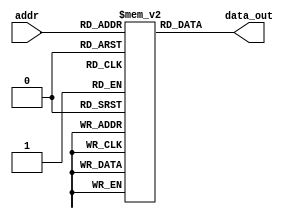

module InstMem (input [5:0] addr, output [31:0] data_out);
    reg [31:0] mem [0:63];
    assign data_out = mem[addr];

    initial begin
         mem[0]=32'b000000000000_00000_010_00001_0000011 ; //lw x1, 0(x0) 
         mem[1]=32'b000000000100_00000_010_00010_0000011 ; //lw x2, 4(x0)
         mem[2]=32'b000000001000_00000_010_00011_0000011 ; //lw x3, 8(x0) 
         mem[3]=32'b0000000_00010_00001_110_00100_0110011 ; //or x4, x1, x2 
         mem[4]=32'b0_000000_00011_00100_000_0100_0_1100011; //beq x4, x3, 4 
         mem[5]=32'b0000000_00010_00001_000_00011_0110011 ; //add x3, x1, x2 
         mem[6]=32'b0000000_00010_00011_000_00101_0110011 ; //add x5, x3, x2 
         mem[7]=32'b0000000_00101_00000_010_01100_0100011; //sw x5, 12(x0) 
         mem[8]=32'b000000001100_00000_010_00110_0000011 ; //lw x6, 12(x0) 
         mem[9]=32'b0000000_00001_00110_111_00111_0110011 ; //and x7, x6, x1 
         mem[10]=32'b0100000_00010_00001_000_01000_0110011 ; //sub x8, x1, x2 
         mem[11]=32'b0000000_00010_00001_000_00000_0110011 ; //add x0, x1, x2 
         mem[12]=32'b0000000_00001_00000_000_01001_0110011 ; //add x9, x0, addr
         
    end
endmodule